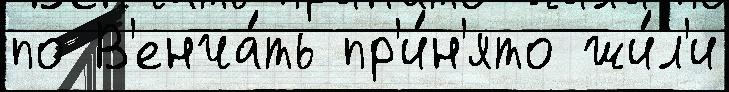
по В'енча́ть пр'и́н'ято жи́л'и